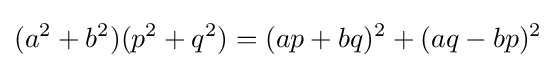
(a^{2}+b^{2})(p^{2}+q^{2})=(ap+bq)^{2}+(aq-bp)^{2}